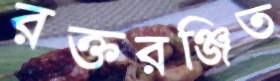
রক্তরঞ্জিত